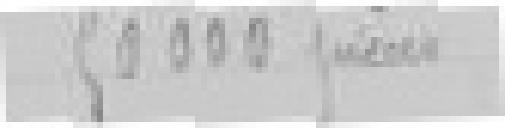
50000 pièces